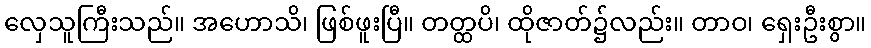
လှေသူကြီးသည်။ အဟောသိ၊ ဖြစ်ဖူးပြီ။ တတ္ထပိ၊ ထိုဇာတ်၌လည်း။ တာဝ၊ ရှေးဦးစွာ။